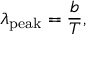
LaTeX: \lambda _ { \mathrm { p e a k } } = { \frac { b } { T } } ,